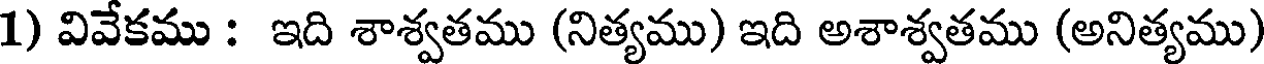
1) వివేకము : ఇది శాశ్వతము (నిత్యము) ఇది అశాశ్వతము (అనిత్యము)